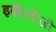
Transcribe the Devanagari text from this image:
इकाॅलाॅजी